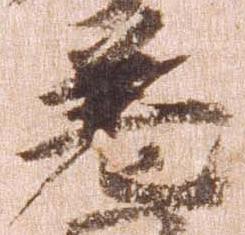
差